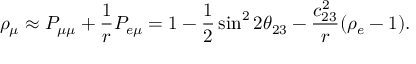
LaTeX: \rho _ { \mu } \approx P _ { \mu \mu } + { \frac { 1 } { r } } P _ { e \mu } = 1 - { \frac { 1 } { 2 } } \sin ^ { 2 } 2 \theta _ { 2 3 } - { \frac { c _ { 2 3 } ^ { 2 } } { r } } ( \rho _ { e } - 1 ) .